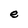
Character: e